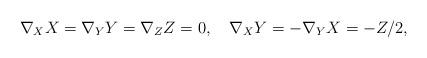
LaTeX: \begin{align*}\nabla_{X}X=\nabla_{Y}Y=\nabla_{Z}Z=0,\quad\nabla_{X}Y=-\nabla_{Y}X=-Z/2,\end{align*}